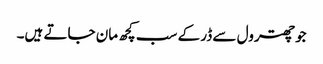
جو چھترول سے ڈر کے سب کچھ مان جاتے ہیں۔